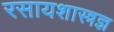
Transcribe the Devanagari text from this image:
रसायशास्त्रज्ञ